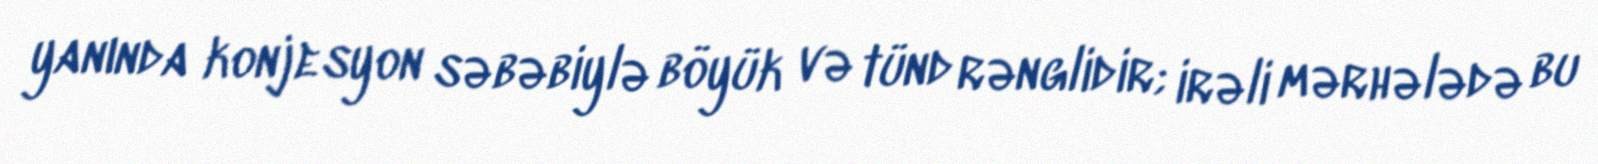
yanında konjesyon səbəbiylə böyük və tünd rənglidir; irəli mərhələdə bu